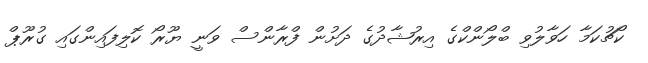
ކޯޗުކަމާ ހަވާލުވި ބްލޯންކްގެ އިރުޝާދުގެ ދަށުން ފްރާންސް ވަނީ ޔޫރޯ ކޮލިފައިންގައި ގުރޫޕް